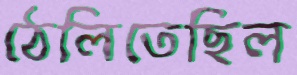
ঠেলিতেছিল